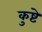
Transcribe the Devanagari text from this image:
कुष्टे